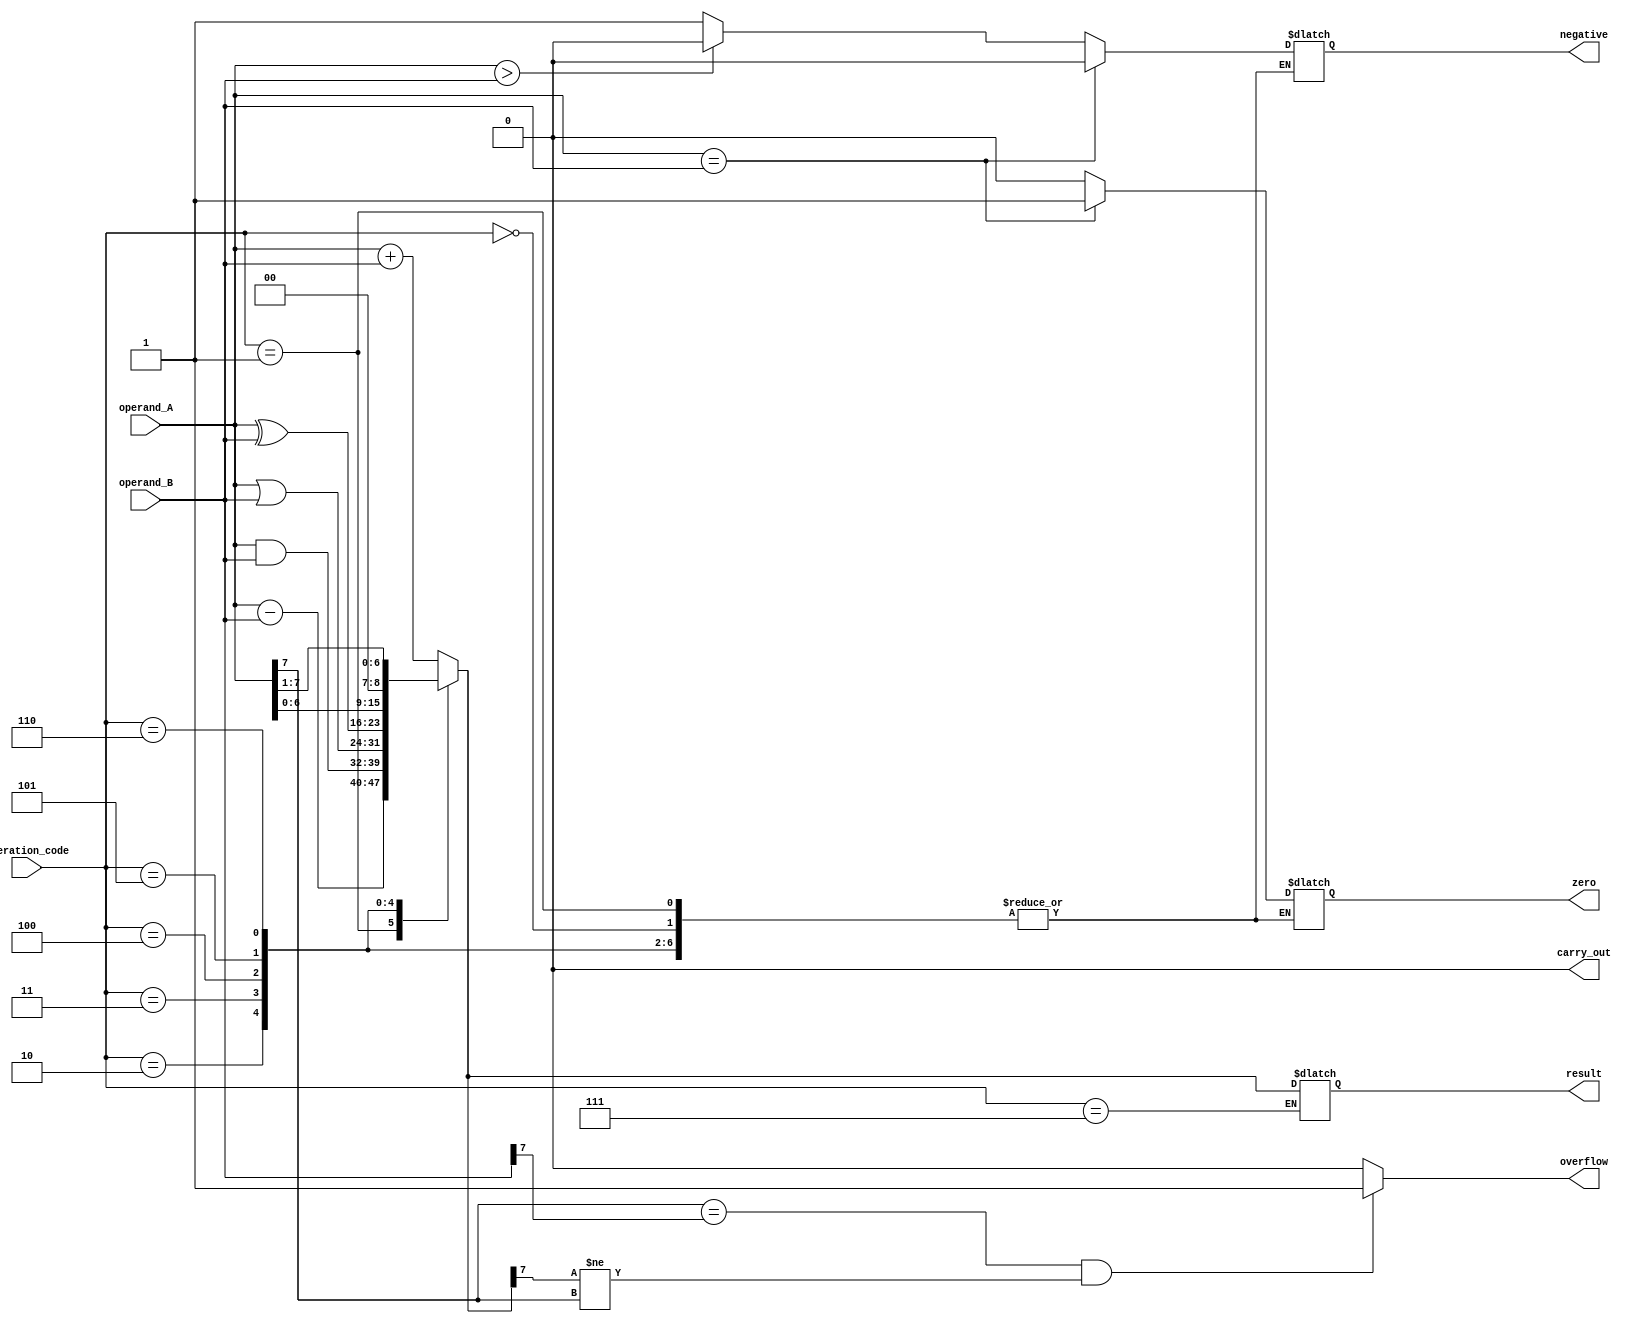
module ALU (
    input [7:0] operand_A,
    input [7:0] operand_B,
    input [2:0] operation_code,
    output reg [7:0] result,
    output reg carry_out,
    output reg overflow,
    output reg zero,
    output reg negative
);

always @ (*) begin
    case(operation_code)
        3'b000: result = operand_A + operand_B; // Addition
        3'b001: result = operand_A - operand_B; // Subtraction
        3'b010: result = operand_A & operand_B; // AND
        3'b011: result = operand_A | operand_B; // OR
        3'b100: result = operand_A ^ operand_B; // XOR
        3'b101: result = operand_A << 1; // Shift left
        3'b110: result = operand_A >> 1; // Shift right
        3'b111: begin // Comparison
            if (operand_A == operand_B) begin
                zero = 1;
                negative = 0;
            end
            else if (operand_A > operand_B) begin
                zero = 0;
                negative = 0;
            end
            else begin
                zero = 0;
                negative = 1;
            end
        end
    endcase
    
    carry_out = (result[8] == 1) ? 1 : 0;
    overflow = (operand_A[7] == operand_B[7] && result[7] != operand_A[7]) ? 1 : 0;
end

endmodule